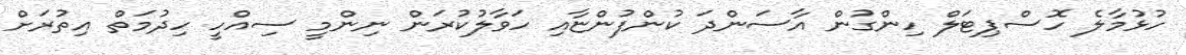
ހުޅުމާލެ ހޮސްޕިޓަލް ހިންގުން އާސަންދަ ކުންފުންޏާއި ހަވާލުކުރަން ނިންމީ ސިއްހީ ހިދުމަތް އިތުރަށް